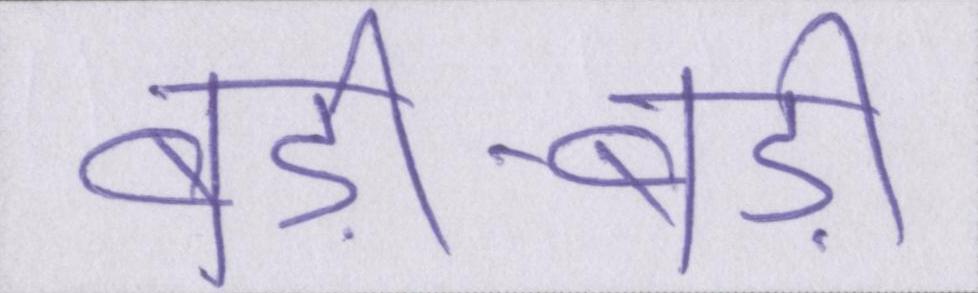
बड़ी-बड़ी